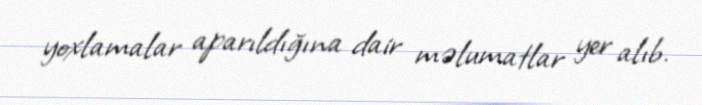
yoxlamalar aparıldığına dair məlumatlar yer alıb.